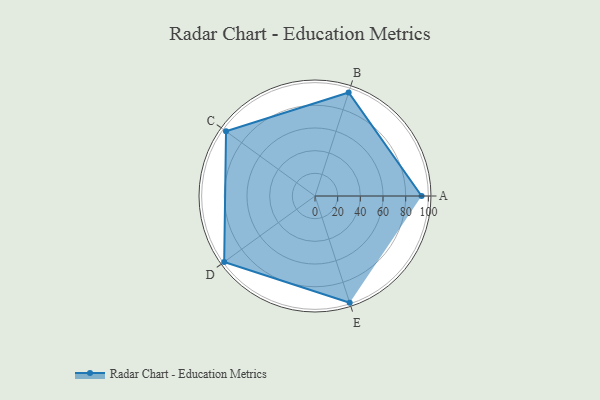
{"axis": {"x": "Skill", "y": "Score"}, "legend": ["Profile"], "data": [{"x": "A", "y": 94.0, "type": "Profile"}, {"x": "B", "y": 96.0, "type": "Profile"}, {"x": "C", "y": 97.0, "type": "Profile"}, {"x": "D", "y": 99, "type": "Profile"}, {"x": "E", "y": 99, "type": "Profile"}]}